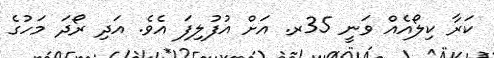
ކަރާ ކިލޯއެއް ވަނީ 35ރ. އަށް އުފުލިފަ އެވެ. އަދި ރޯދަ މަހުގެ